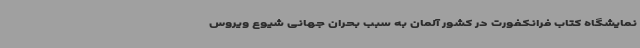
نمایشگاه کتاب فرانکفورت در کشور آلمان به سبب بحران جهانی شیوع ویروس